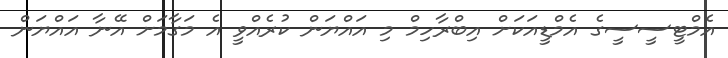
އެމްޓީސީސީގެ އެމްޑީއަކަށް އިބްރާހިމް މި އައްޔަން ކުރެއްވީ އެ މަގާމަށް އޭނާ އައްޔަން